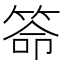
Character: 𥮡